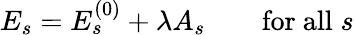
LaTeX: E_{s}=E_{s}^{(0)}+\lambda A_{s}\qquad{\mathrm{for~all}}\; s